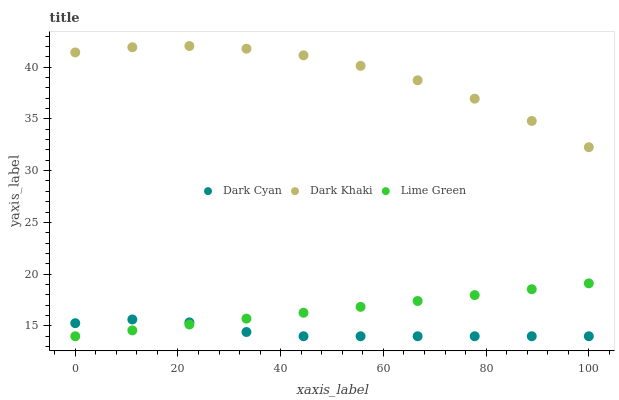
| xaxis_label | Dark Cyan | Dark Khaki | Lime Green |
 | --- | --- | --- | --- |
 | 0 | 15.3 | 41.4 | 14 |
 | 11.1 | 15.6 | 41.9 | 14.6 |
 | 22.2 | 15.3 | 42 | 15.1 |
 | 33.3 | 14.4 | 41.8 | 15.7 |
 | 44.4 | 14 | 41.1 | 16.3 |
 | 55.6 | 14 | 40.1 | 16.8 |
 | 66.7 | 14 | 38.7 | 17.4 |
 | 77.8 | 14 | 37 | 18 |
 | 88.9 | 14 | 34.8 | 18.5 |
 | 100 | 14 | 32.3 | 19.1 |